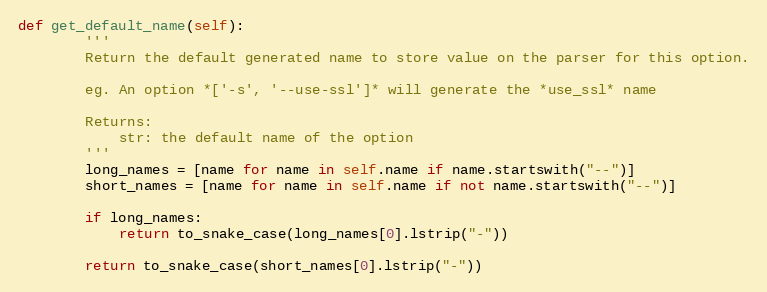
Language: Python
def get_default_name(self):
        '''
        Return the default generated name to store value on the parser for this option.

        eg. An option *['-s', '--use-ssl']* will generate the *use_ssl* name

        Returns:
            str: the default name of the option
        '''
        long_names = [name for name in self.name if name.startswith("--")]
        short_names = [name for name in self.name if not name.startswith("--")]

        if long_names:
            return to_snake_case(long_names[0].lstrip("-"))

        return to_snake_case(short_names[0].lstrip("-"))